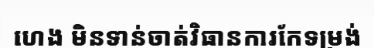
ហេង មិនទាន់ចាត់វិធានការកែទម្រង់